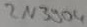
Text: 2N3904